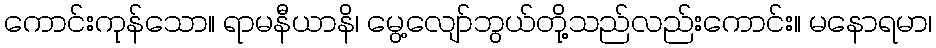
ကောင်းကုန်သော။ ရာမနီယာနိ၊ မွေ့လျော်ဘွယ်တို့သည်လည်းကောင်း။ မနောရမာ၊